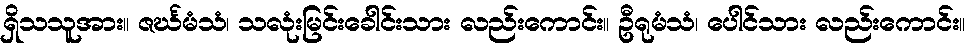
ရှိသသူအား။ ဇင်္ဃမံသံ၊ သလုံးမြင်းခေါင်းသား လည်းကောင်း။ ဦရုမံသံ၊ ပေါင်သား လည်းကောင်း။